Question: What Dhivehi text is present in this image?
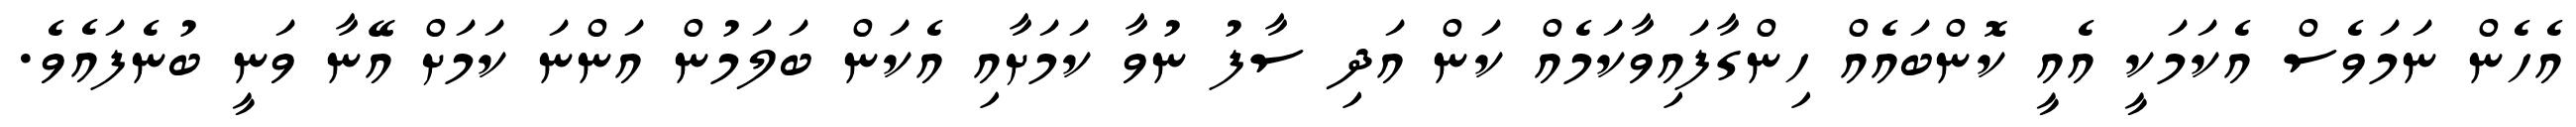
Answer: އެހެން ނަމަވެސް އެކަމަކީ އެއީ ކޮންބައެއް ހިންގާފައިވާކަމެއް ކަން އަދި ސާފު ނުވާ ކަމަށާއި އެކަން ބަލަމުން އަންނަ ކަމަށް އޭނާ ވަނީ ބުނެފައެވެ.